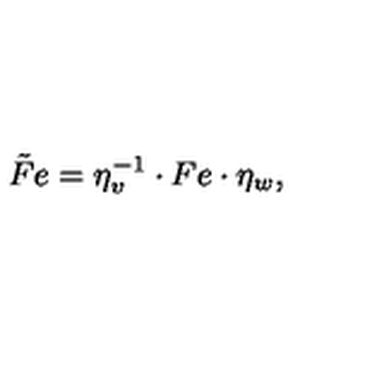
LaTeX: \tilde { F } e = \eta _ { v } ^ { - 1 } \cdot F e \cdot \eta _ { w } ,